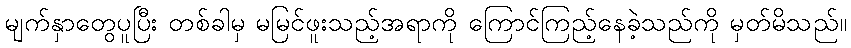
မျက်နှာတွေပူပြီး တစ်ခါမှ မမြင်ဖူးသည့်အရာကို ကြောင်ကြည့်နေခဲ့သည်ကို မှတ်မိသည်။